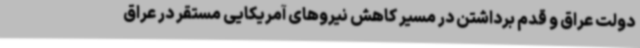
دولت عراق و قدم برداشتن در مسیر کاهش نیروهای آمریکایی مستقر در عراق